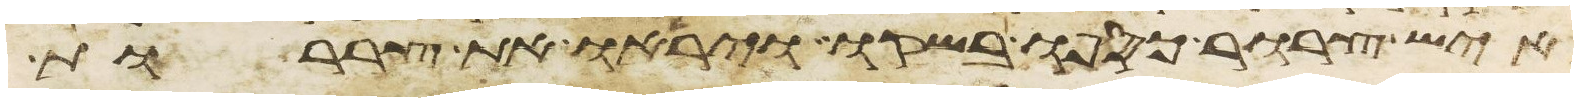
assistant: איש צרור כספו בשקו ויראו את צררות